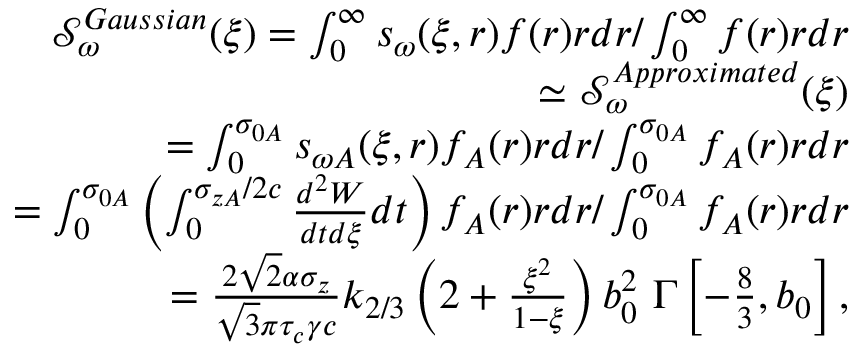
\begin{array} { r l r } & { } & { \mathcal { S } _ { \omega } ^ { G a u s s i a n } ( \xi ) = \int _ { 0 } ^ { \infty } s _ { \omega } ( \xi , r ) f ( r ) r d r / \int _ { 0 } ^ { \infty } f ( r ) r d r } \\ & { } & { \simeq \mathcal { S } _ { \omega } ^ { A p p r o x i m a t e d } ( \xi ) } \\ & { } & { = \int _ { 0 } ^ { \sigma _ { 0 A } } s _ { \omega A } ( \xi , r ) f _ { A } ( r ) r d r / \int _ { 0 } ^ { \sigma _ { 0 A } } f _ { A } ( r ) r d r } \\ & { } & { = \int _ { 0 } ^ { \sigma _ { 0 A } } \left( \int _ { 0 } ^ { \sigma _ { z A } / 2 c } \frac { d ^ { 2 } W } { d t d \xi } d t \right) f _ { A } ( r ) r d r / \int _ { 0 } ^ { \sigma _ { 0 A } } f _ { A } ( r ) r d r } \\ & { } & { = \frac { 2 \sqrt { 2 } \alpha \sigma _ { z } } { \sqrt { 3 } \pi \tau _ { c } \gamma c } k _ { 2 / 3 } \left( 2 + \frac { \xi ^ { 2 } } { 1 - \xi } \right) b _ { 0 } ^ { 2 } \ \Gamma \left[ - \frac { 8 } { 3 } , b _ { 0 } \right] , } \end{array}